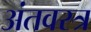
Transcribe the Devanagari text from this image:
अंतवस्त्र